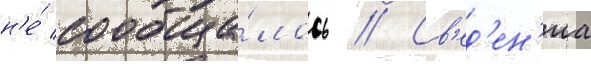
н'е́ сообща́лось // Св'ед'ен'иа